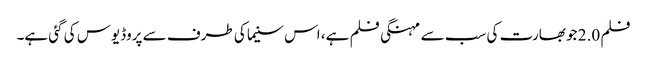
فلم 2.0 جو بھارت کی سب سے مہنگی فلم ہے، اس سنیما کی طرف سے پروڈیوس کی گئی ہے۔